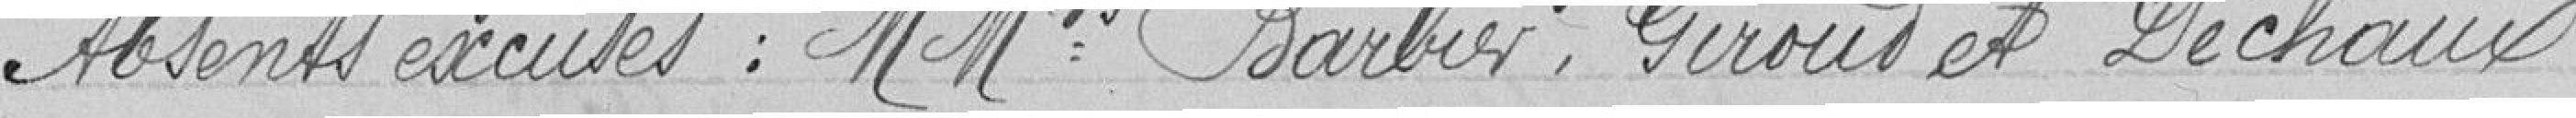
Absents excusés : MMrs Barier, Giroud et Dechaux